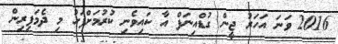
2016 ވަނަ އަހަރު ޖީން ގުޑްއިނަފް އާ ކައިވެނި ކުރުމަށްފަހު މި ދެމަފިރިން